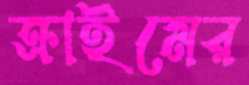
ক্রাইমের